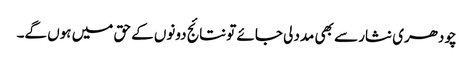
چودھری نثار سے بھی مدد لی جائے تو نتائج دونوں کے حق میں ہوں گے۔